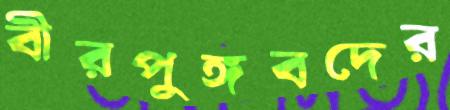
বীরপুঙ্গবদের